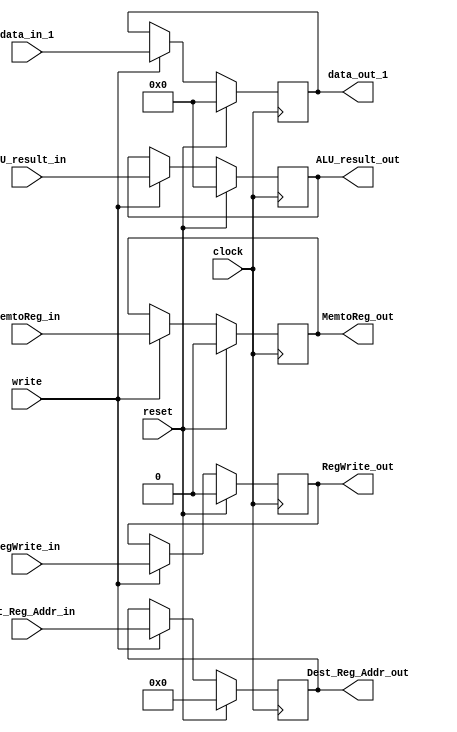
//A single register

module MEM_WB(
	// WB control
	input wire RegWrite_in,
	input wire MemtoReg_in,
	output reg RegWrite_out,
	output reg MemtoReg_out,


	
	
	//data registers
    input wire [31:0] data_in_1,
    output reg [31:0] data_out_1,
	input wire [31:0] ALU_result_in,
    output reg [31:0] ALU_result_out,
	input wire [4:0] Dest_Reg_Addr_in,
    output reg [4:0] Dest_Reg_Addr_out,
	
	
	//register control
    input wire reset,
    input wire write,
	input wire clock);

    always @(posedge clock) begin
        if (reset == 1'b1) begin //clears register
			//clear control signals
			RegWrite_out <=0;
			MemtoReg_out <=0;


		
			//clear data
            data_out_1 <= 32'h0;
			ALU_result_out <= 32'h0;
			Dest_Reg_Addr_out <= 32'h0;
        end else if (write == 1'b1) begin
			RegWrite_out <=RegWrite_in;
			MemtoReg_out <=MemtoReg_in;


		
            data_out_1 <= data_in_1;
			ALU_result_out <= ALU_result_in;
			Dest_Reg_Addr_out <= Dest_Reg_Addr_in;
        end else begin
		
			RegWrite_out <=RegWrite_out;
			MemtoReg_out <=MemtoReg_out;


			
			
            data_out_1 <= data_out_1;
			ALU_result_out <= ALU_result_out;
			Dest_Reg_Addr_out <= Dest_Reg_Addr_out;
        end
    end

endmodule